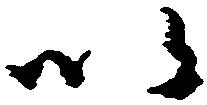
以